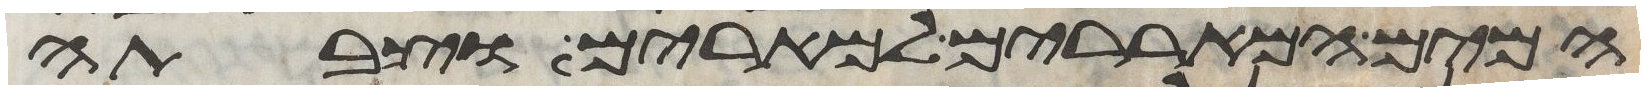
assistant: המים המאררים למרים וצבתה